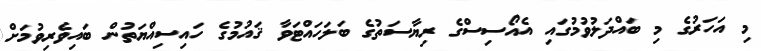
މި އަހަރުގެ މި ބައްދަލުވުމުގައި އެއޯސިސްގެ ރިޔާސަތުގެ ބަލަހައްޓަވާ ޤައުމުގެ ހައިސިއްޔަތުން ބައިވެރިވުމަށް